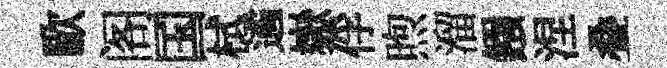
歐阁国栻遹嶽俘煦溜鏹涅叠